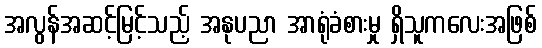
အလွန်အဆင့်မြင့်သည့် အနုပညာ အာရုံခံစားမှု ရှိသူကလေးအဖြစ်